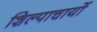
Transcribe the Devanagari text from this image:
शिल्पाचार्यो